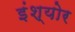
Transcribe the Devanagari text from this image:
इंश्योर